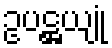
ဥပဋ္ဌယျုံ